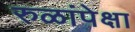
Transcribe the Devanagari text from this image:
रुळांपेक्षा